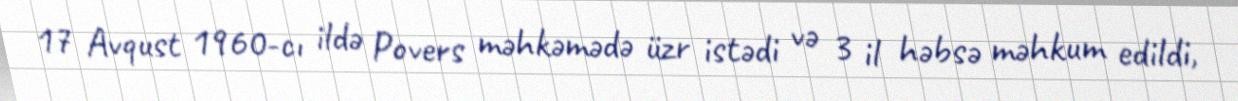
17 Avqust 1960-cı ildə Povers məhkəmədə üzr istədi və 3 il həbsə məhkum edildi,